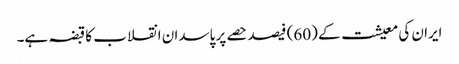
ایران کی معیشت کے (60) فیصد حصے پر پاسدان انقلاب کا قبضہ ہے۔